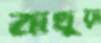
বাখুয়া